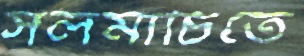
সলমাচিতে